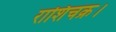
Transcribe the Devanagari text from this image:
राशिचक्र।